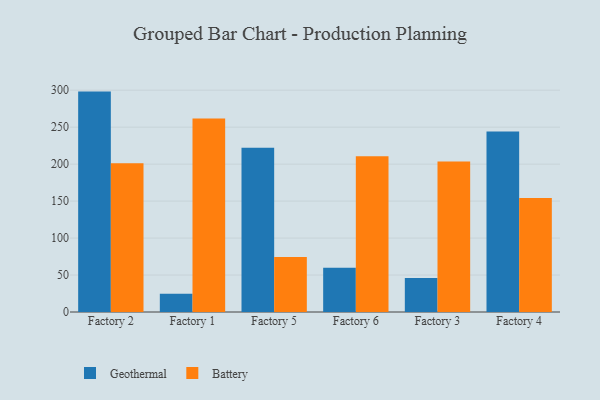
{"axis": {"x": "Factory", "y": "Revenue (USD Million)"}, "legend": ["Battery", "Geothermal"], "data": [{"x": "Factory 2", "y": 298.1, "type": "Geothermal"}, {"x": "Factory 2", "y": 201.2, "type": "Battery"}, {"x": "Factory 1", "y": 24.7, "type": "Geothermal"}, {"x": "Factory 1", "y": 261.8, "type": "Battery"}, {"x": "Factory 5", "y": 222.3, "type": "Geothermal"}, {"x": "Factory 5", "y": 74.3, "type": "Battery"}, {"x": "Factory 6", "y": 59.8, "type": "Geothermal"}, {"x": "Factory 6", "y": 210.7, "type": "Battery"}, {"x": "Factory 3", "y": 45.9, "type": "Geothermal"}, {"x": "Factory 3", "y": 203.6, "type": "Battery"}, {"x": "Factory 4", "y": 244.3, "type": "Geothermal"}, {"x": "Factory 4", "y": 154.3, "type": "Battery"}]}